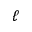
\ell